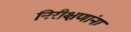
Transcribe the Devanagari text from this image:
निरीक्षणांना